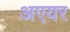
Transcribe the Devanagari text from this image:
अएयर